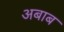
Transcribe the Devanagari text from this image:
अबाब